Annual report of the Punjab Veterinary College and of the Civil Veterinary Department, Punjab - 1894-1908
Year: 1894
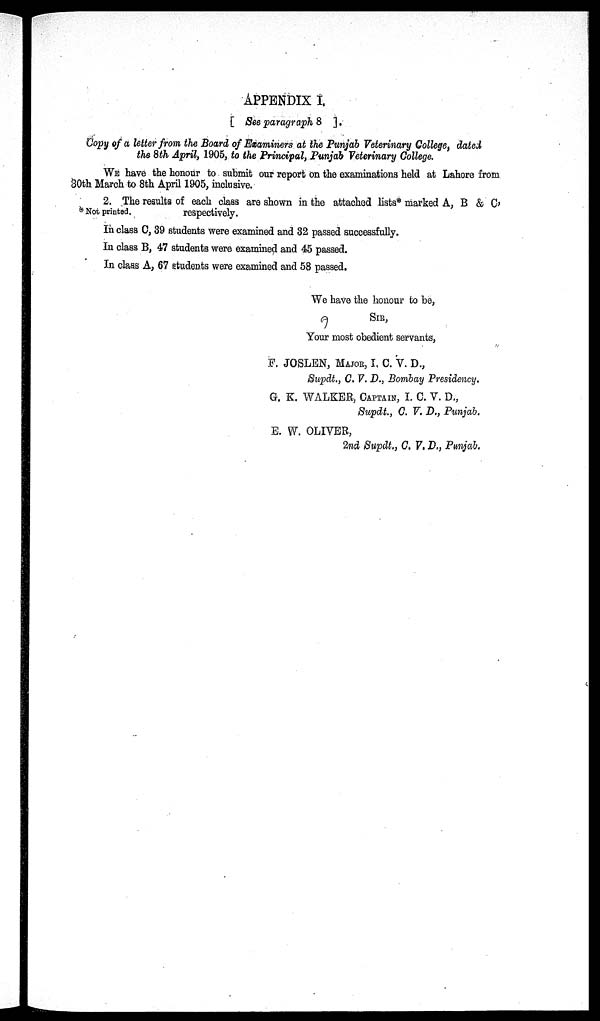
APPENDIX I.
[ See paragraph 8 ].
Copy of a letter from the Board of Examiners at the Punjab Veterinary College, dated
the 8th April, 1905, to the Principal, Punjab Veterinary College.
WE have the honour to submit our report on the examinations held at Lahore from
30th March to 8th April 1905, inclusive.
2. The results of each class are shown in the attached lists* marked A, B & C,
* Not printed.
respectively.
In class C, 39 students were examined and 32 passed successfully.
In class B, 47 students were examined and 45 passed.
In class A, 67 students were examined and 58 passed.
We have the honour to be,
SIR,
Your most obedient servants,
F. JOSLEN, MAJOR, I. C. V. D.,
Supdt., C. V. D., Bombay Presidency.
G. K. WALKER, CAPTAIN, I. C. V. D.,
Supdt., C. V. D., Punjab.
E. W. OLIVER,
2nd Supdt., C. V. D., Punjab.